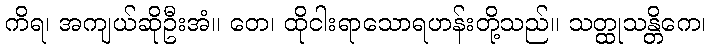
ကိရ၊ အကျယ်ဆိုဦးအံ။ တေ၊ ထိုငါးရာသောရဟန်းတို့သည်။ သတ္ထုသန္တိကေ၊